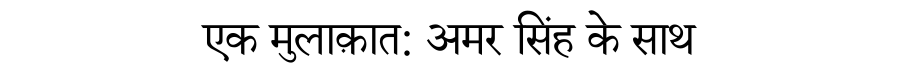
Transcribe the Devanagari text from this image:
एक मुलाक़ात: अमर सिंह के साथ